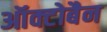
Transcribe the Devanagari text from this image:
ऑक्टोबैन